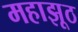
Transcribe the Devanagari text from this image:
महाझूठ